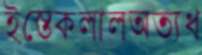
ইস্তেকলালঅত্যধ